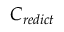
C _ { r e d i c t }